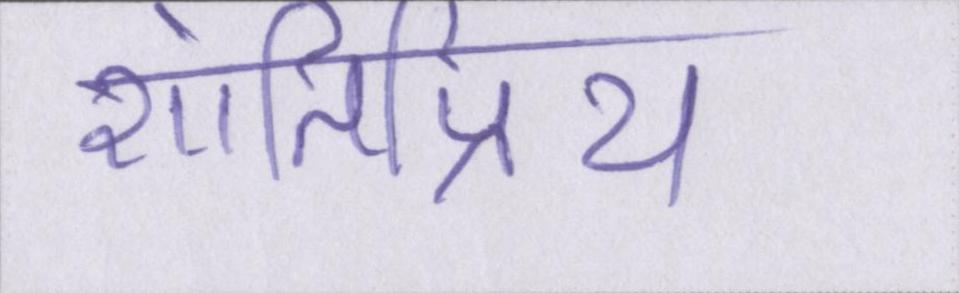
शांतिप्रिय